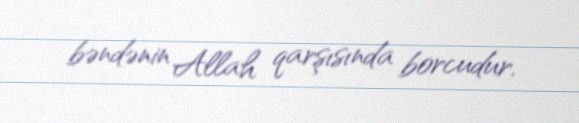
bəndənin Allah qarşısında borcudur.